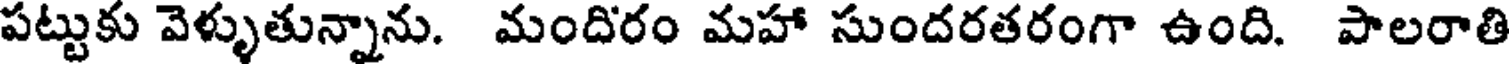
పట్టుకు వెళ్ళుతున్నాను. మందిరం మహా సుందరతరంగా ఉంది. పాలరాతి